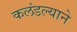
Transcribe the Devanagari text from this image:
कलंडल्याने